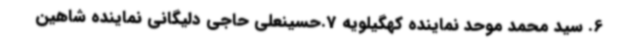
6. سید محمد موحد نماینده کهگیلویه 7.حسینعلی حاجی دلیگانی نماینده شاهین